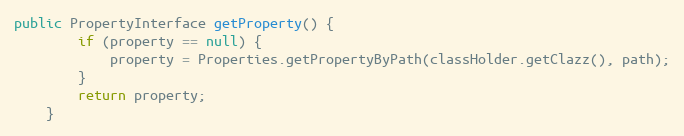
Language: Java
public PropertyInterface getProperty() {
		if (property == null) {
			property = Properties.getPropertyByPath(classHolder.getClazz(), path);
		}
		return property;
	}